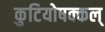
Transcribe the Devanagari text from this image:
कुटियोषक्कल्